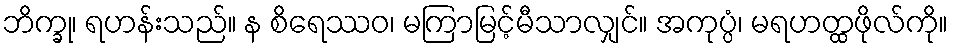
ဘိက္ခု၊ ရဟန်းသည်။ န စိရေဿဝ၊ မကြာမြင့်မီသာလျှင်။ အကုပ္ပံ၊ မရဟတ္ထဖိုလ်ကို။